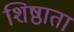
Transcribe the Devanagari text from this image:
शिष्ठाता